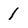
Character: 1